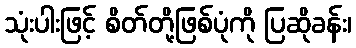
သုံးပါးဖြင့် စိတ်တို့ဖြစ်ပုံကို ပြဆိုခန်း၊